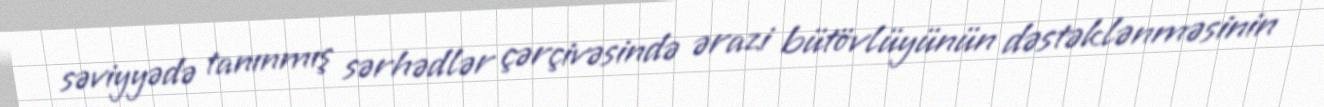
səviyyədə tanınmış sərhədlər çərçivəsində ərazi bütövlüyünün dəstəklənməsinin